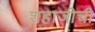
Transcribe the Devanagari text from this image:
शहाजीची